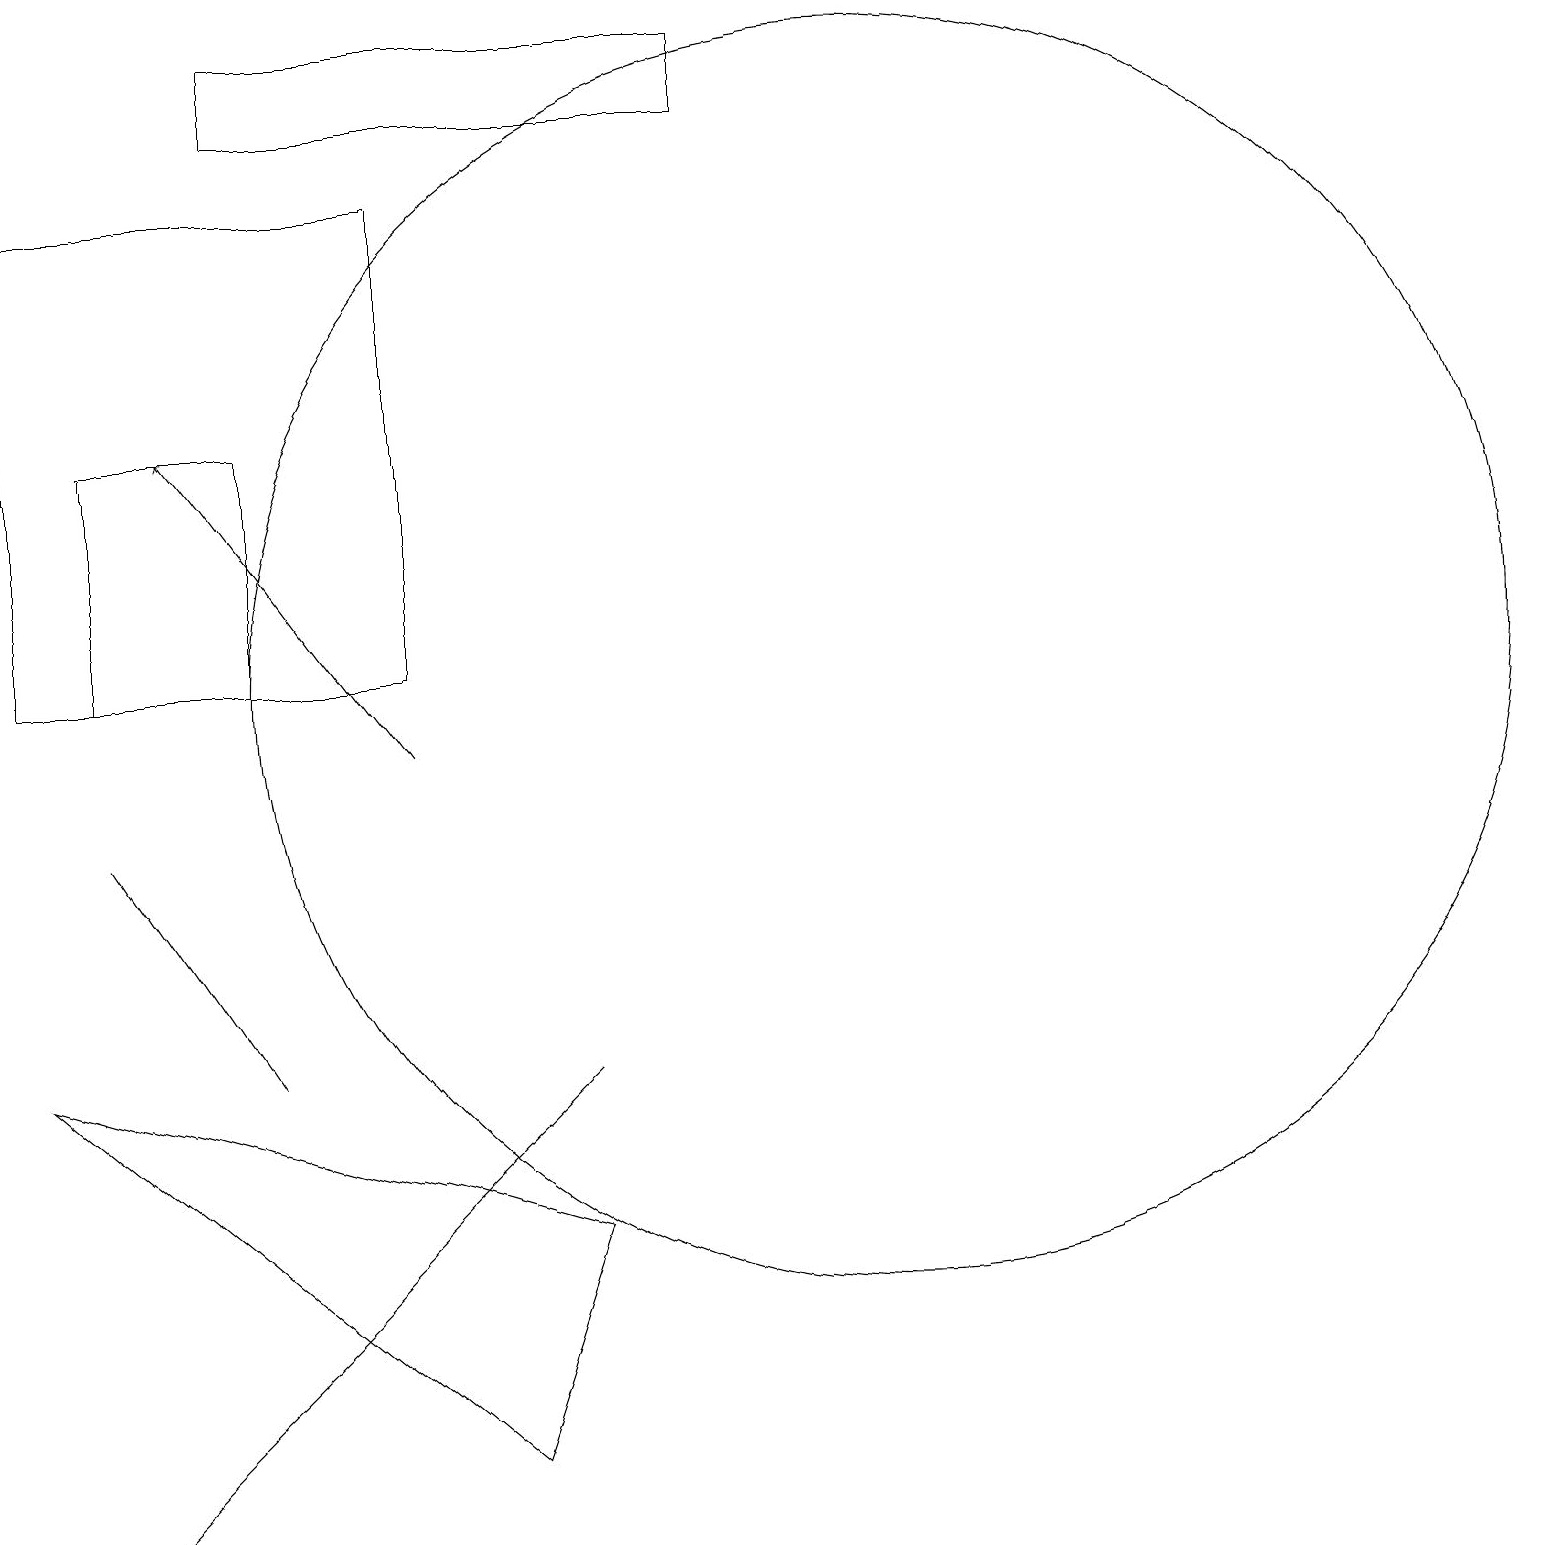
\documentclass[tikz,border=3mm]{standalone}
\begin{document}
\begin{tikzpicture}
\draw (1,11) rectangle (3,14);
\draw (11,11) circle (8);
\draw (1,0) -- (7,6) -- (3,2) -- cycle;
\draw[->] (5,10) -- (2,14);
\draw (6,1) -- (0,6) -- (7,4) -- cycle;
\draw (3,6) -- (1,9) -- (1,9) -- cycle;
\draw (5,17) rectangle (0,11);
\draw (3,18) rectangle (9,19);
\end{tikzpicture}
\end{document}